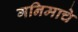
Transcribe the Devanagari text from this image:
गनिमाचे